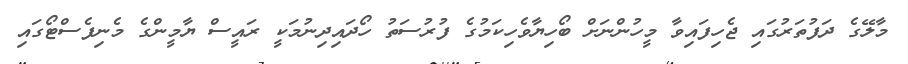
މާލޭގެ ދަފުތަރުގައި ޖެހިފައިވާ މީހުންނަށް ބޯހިޔާވެހިކަމުގެ ފުރުސަތު ހޯދައިދިނުމަކީ ރައީސް ޔާމީންގެ މެނިފެސްޓޯގައި